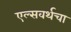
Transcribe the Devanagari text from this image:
एल्सवर्थचा